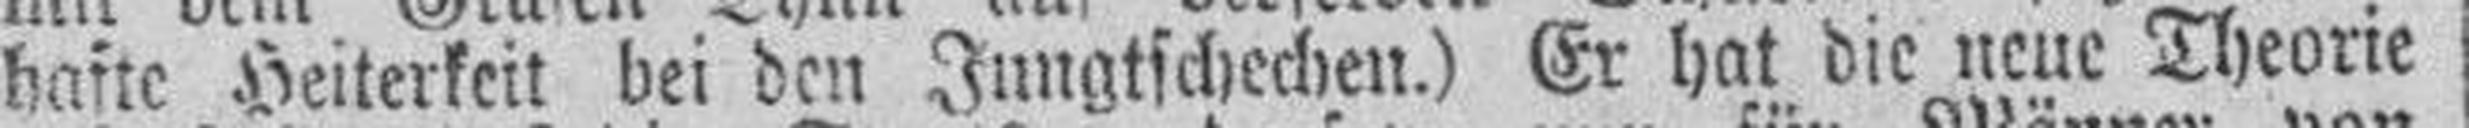
hafte Heiterkeit bei den Jungtschechen.) Er hat die neue Theorie